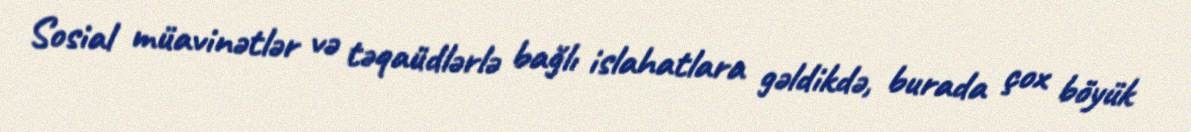
Sosial müavinətlər və təqaüdlərlə bağlı islahatlara gəldikdə, burada çox böyük